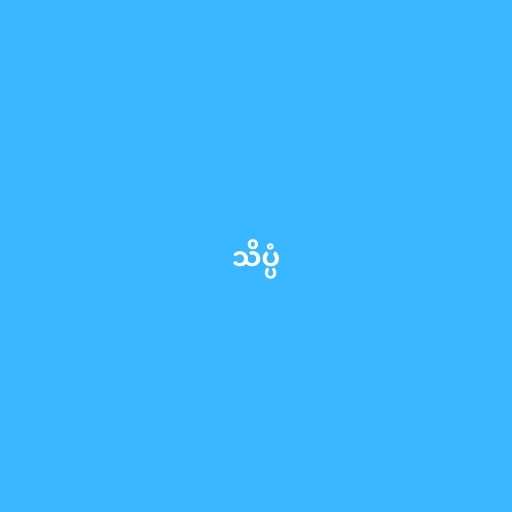
သိပ္ပံ